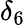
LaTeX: \delta_{6}